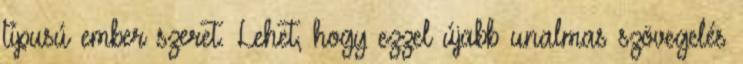
típusú ember szeret. Lehet, hogy ezzel újabb unalmas szövegelés